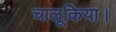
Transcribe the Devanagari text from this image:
चालूकिया।